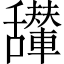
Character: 𱼴